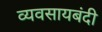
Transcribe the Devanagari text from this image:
व्यवसायबंदी